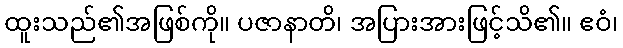
ထူးသည်၏အဖြစ်ကို။ ပဇာနာတိ၊ အပြားအားဖြင့်သိ၏။ ဧဝံ၊